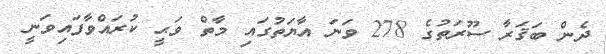
ދެން ބަޤަރާ ސޫރަތުގެ 278 ވަނަ އާޔަތުގައި މާތް ވަޙީ ކުރައްވާފައިވަނީ